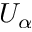
U _ { \alpha }